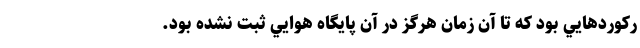
ركوردهايي بود كه تا آن زمان هرگز در آن پايگاه هوايي ثبت نشده بود.